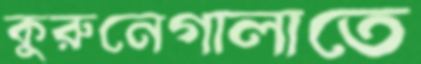
কুরুনেগালাতে